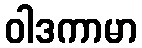
ဝါဒကာမာ